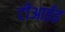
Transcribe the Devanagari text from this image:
टीआईइ